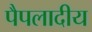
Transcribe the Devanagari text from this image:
पैपलादीय